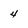
Character: 4